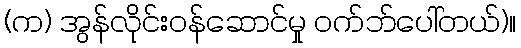
(က) အွန်လိုင်းဝန်ဆောင်မှု ဝက်ဘ်ပေါ်တယ်)။